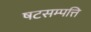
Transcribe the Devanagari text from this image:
षटसम्पत्ति